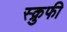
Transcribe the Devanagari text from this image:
स्क्रुफी